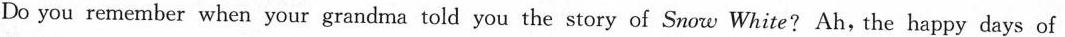
Do you remember when your grandma told you the story of Snow White? Ah, the happy days of